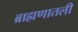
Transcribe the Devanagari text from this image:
ब्राह्मणातली